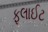
ફલાઈટ